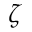
\zeta